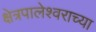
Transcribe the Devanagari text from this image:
क्षेत्रपालेश्वराच्या